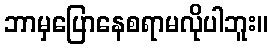
ဘာမှပြောနေစရာမလိုပါဘူး။